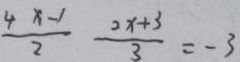
\frac { 4 x - 1 } { 2 } \frac { 2 x + 3 } { 3 } = - 3